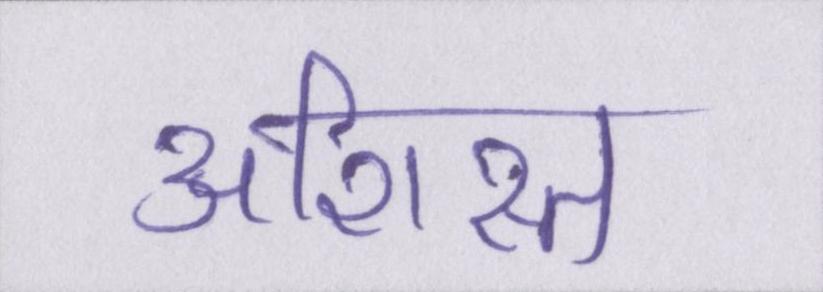
अशिस्त